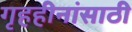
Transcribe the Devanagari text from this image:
गृहहीनांसाठी